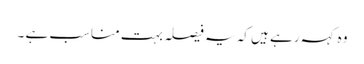
وہ کہہ رہے ہیں کہ یہ فیصلہ بہت مناسب ہے ۔